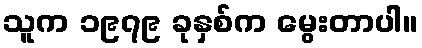
သူက ၁၉၇၉ ခုနှစ်က မွေးတာပါ။